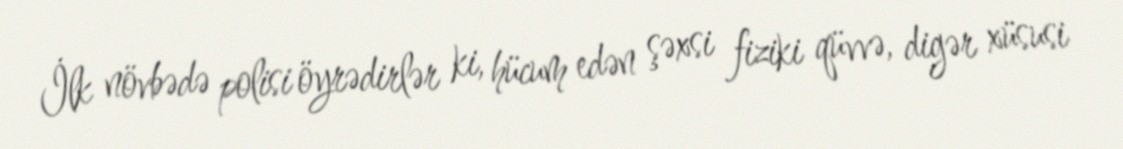
İlk növbədə polisi öyrədirlər ki, hücum edən şəxsi fiziki qüvvə, digər xüsusi